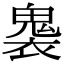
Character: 𮫟